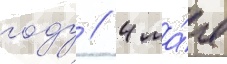
году // 4 ма́я